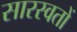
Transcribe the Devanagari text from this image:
सारस्वतों